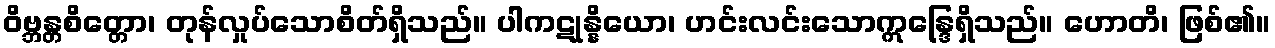
ဝိဗ္ဘန္တစိတ္တော၊ တုန်လှုပ်သောစိတ်ရှိသည်။ ပါကဋုန္နိယော၊ ဟင်းလင်းသောဣန္ဒြေရှိသည်။ ဟောတိ၊ ဖြစ်၏။